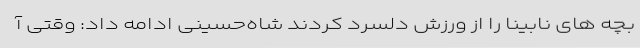
بچه های نابینا را از ورزش دلسرد کردند شاه‌حسینی ادامه داد: وقتی آ